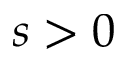
s > 0